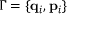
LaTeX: \Gamma = \{ \mathbf { q } _ { i } , \mathbf { p } _ { i } \}